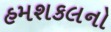
હમશકલનો